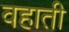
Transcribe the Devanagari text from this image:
वहाती